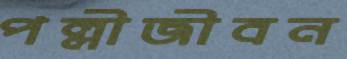
পল্লীজীবন